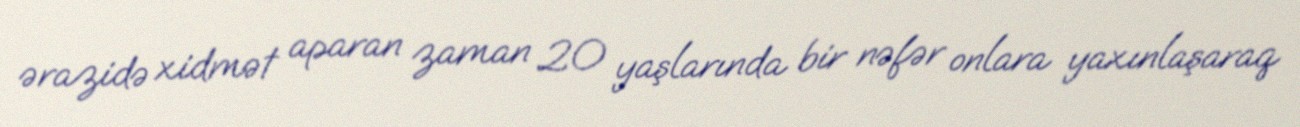
ərazidə xidmət aparan zaman 20 yaşlarında bir nəfər onlara yaxınlaşaraq